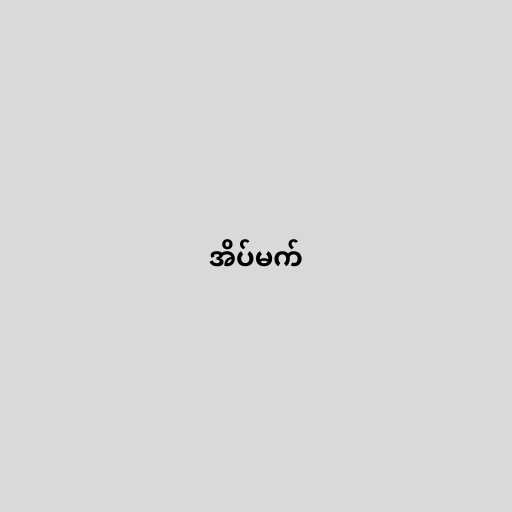
အိပ်မက်